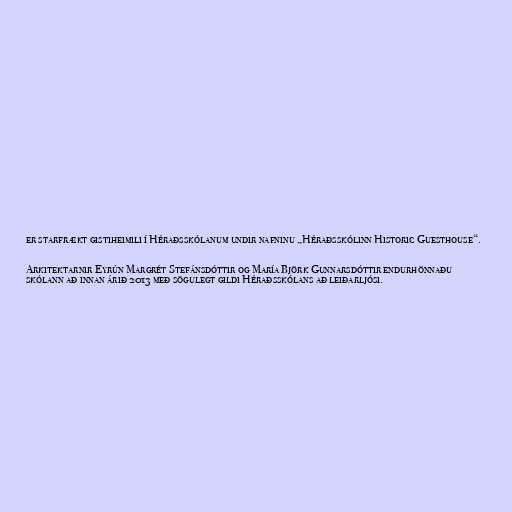
er starfrækt gistiheimili í Héraðsskólanum undir nafninu „Héraðsskólinn Historic Guesthouse“.

Arkitektarnir Eyrún Margrét Stefánsdóttir og María Björk Gunnarsdóttir endurhönnaðu
skólann að innan árið 2013 með sögulegt gildi Héraðsskólans að leiðarljósi.